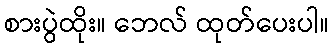
စားပွဲထိုး။ ဘေလ် ထုတ်ပေးပါ။